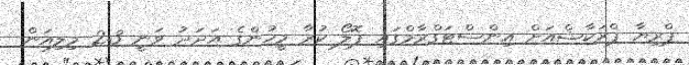
ޕްރިޔާ ޕްރަކާޝްއަށް އިންސްޓަގްރާމްގައި ފޮލޯ ކުރާ މީހުންގެ އަދަދު ވަނީ 2.3 މިލިއަން